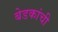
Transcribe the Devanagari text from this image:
बेडकांची